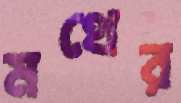
মথের